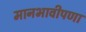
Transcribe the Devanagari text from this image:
मानभावीपणा